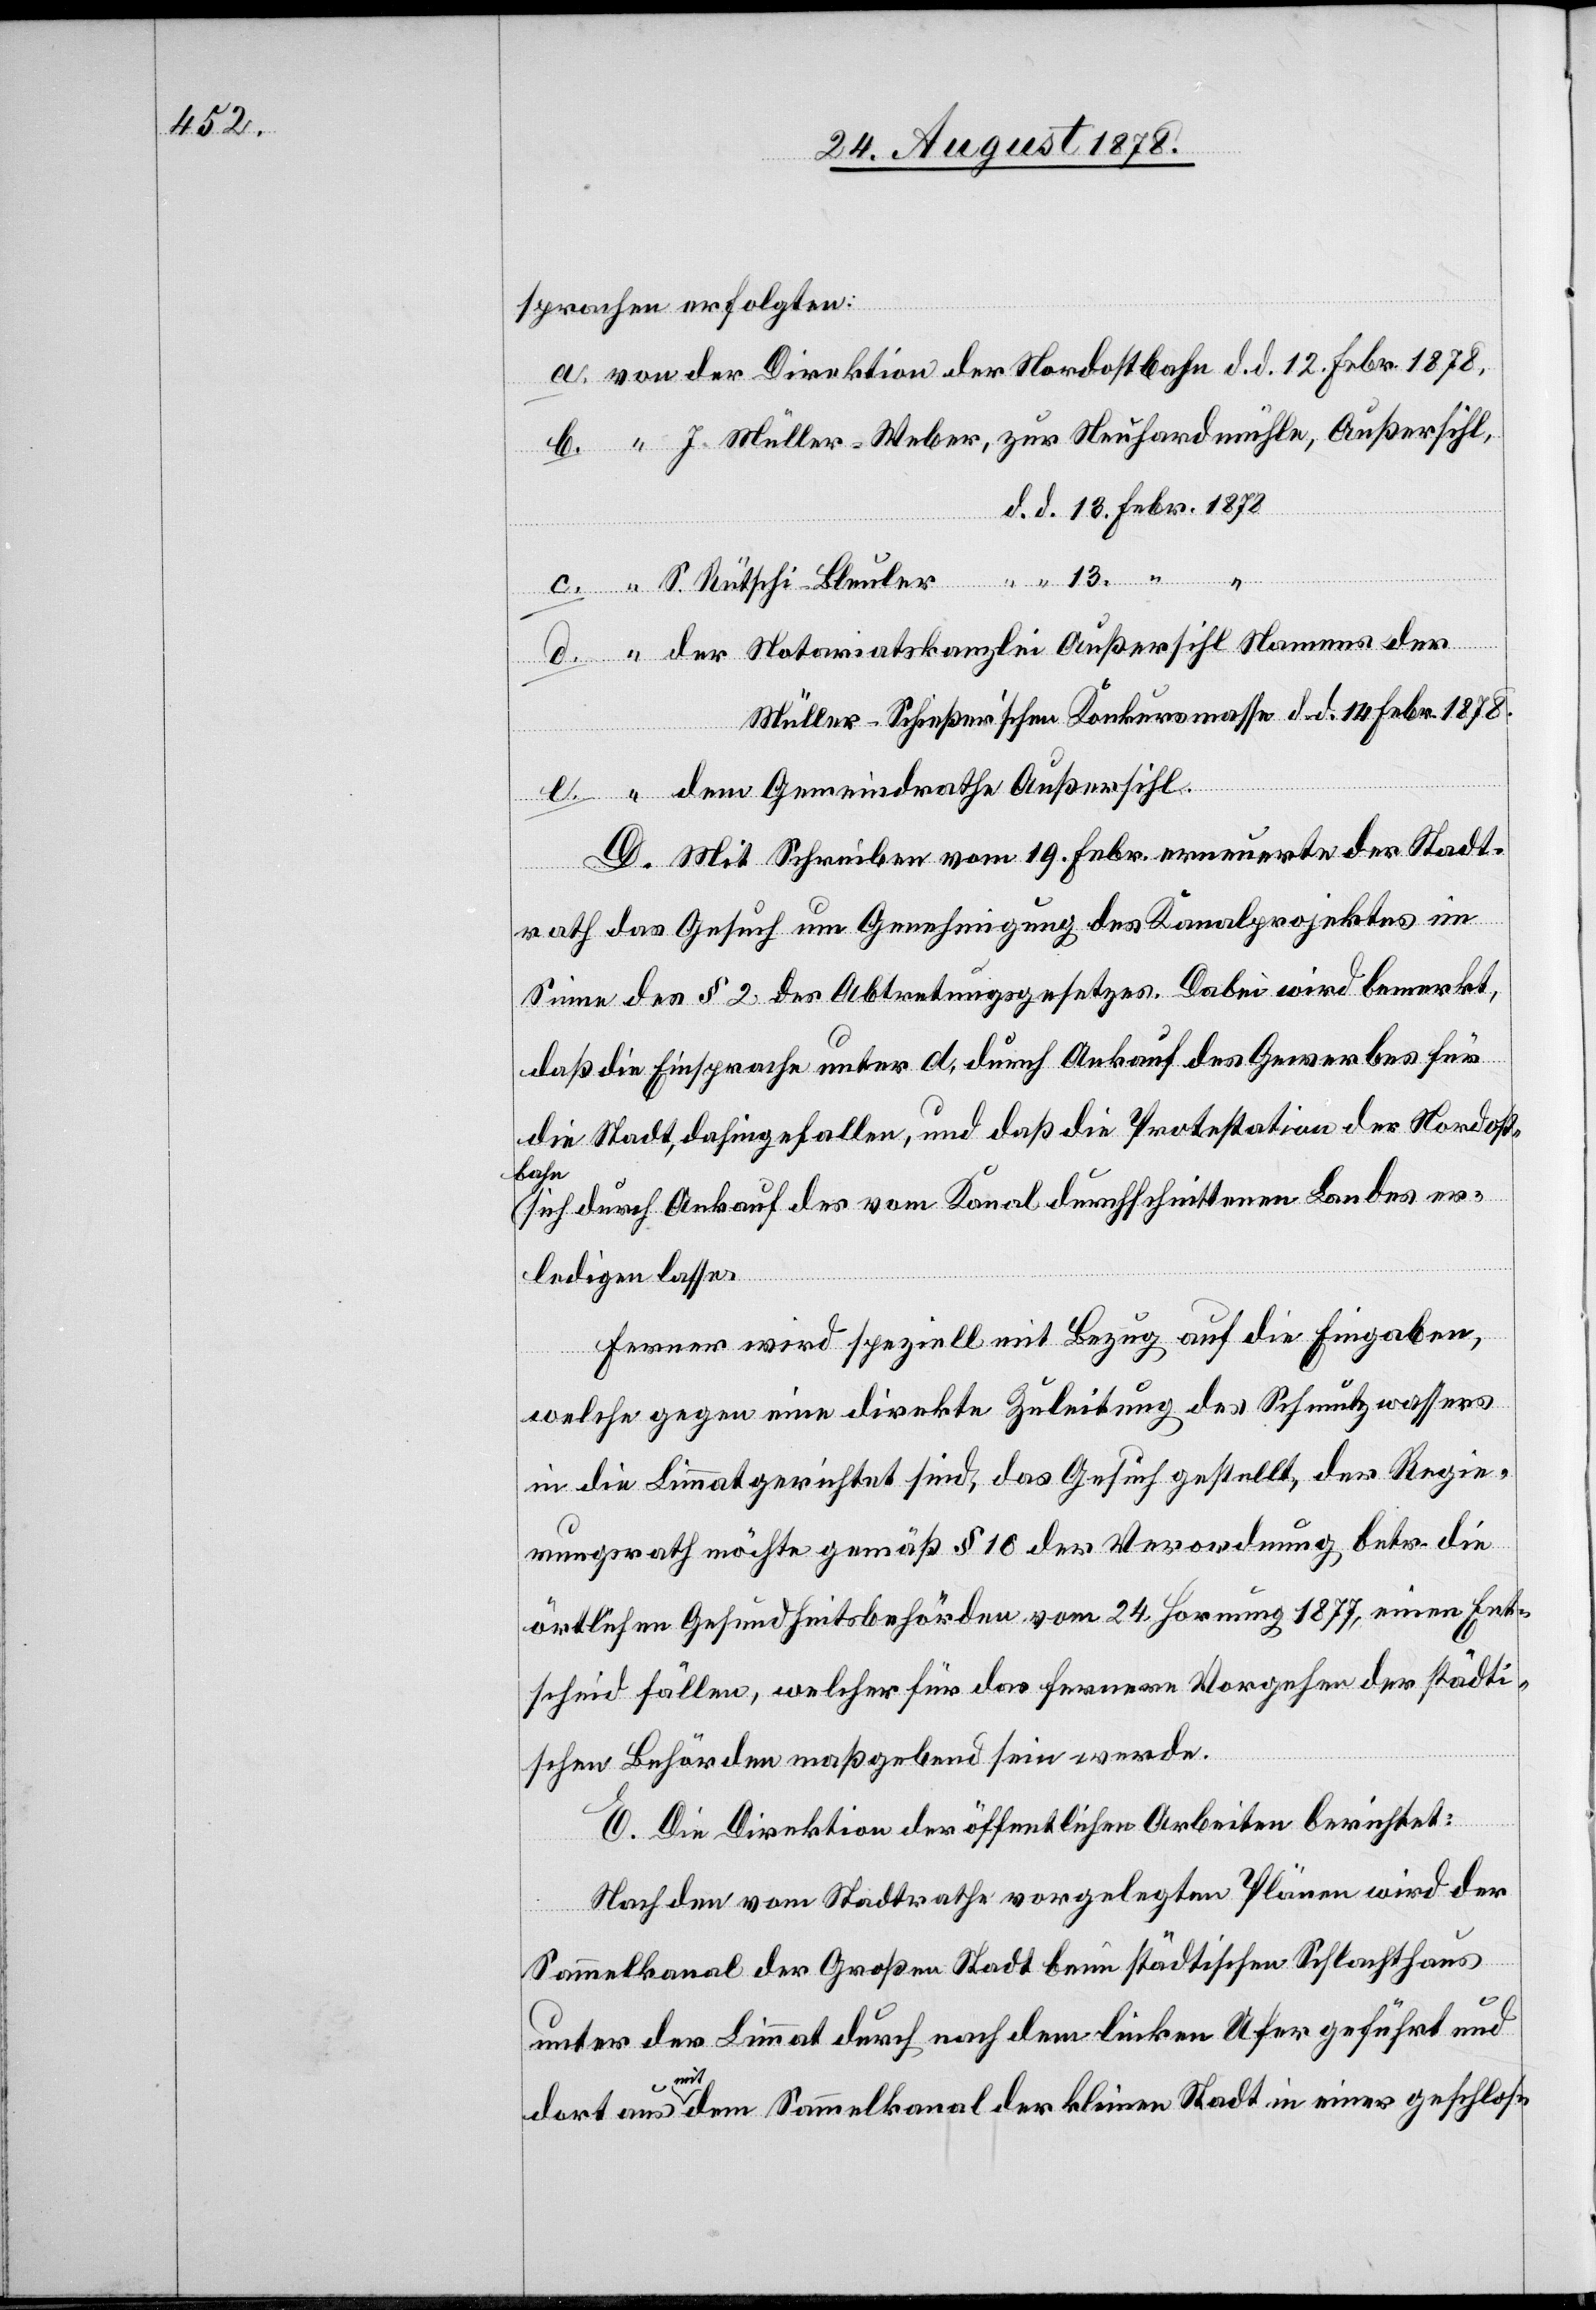
sprachen erfolgten:
a. von der Direktion der Nordostbahn d. d. 12. Febr. 1878,
b. “ J. Müller-Weber, zur Neuhardmühle, Außersihl,
d. d. 13. Febr. 1872
c. “ S. Rütschi-Bleuler
“ “
d. “ der Notariatskanzlei Außersihl Namens der
Müller-Schießer’schen Konkursmasse d. d. 14. Febr. 1878.
[vo¬
n] dem Gemeindrathe Außersihl.
D. Mit Schreiben vom 19. Febr. erneuerte der Stadt¬
e.
rath das Gesuch um Genehmigung des Kanalprojektes im
Sinne des § 2 des Abtretungsgesetzes. Dabei wird bemerkt,
daß die Einsprache unter d. durch Ankauf des Gewerbes für
die Stadt , dahingefallen, und daß die Protestation der Nordost¬
bahn
sich durch Ankauf des vom Kanal durchschnittenen Landes er¬
ledigen lasse.
Ferner wird speziell mit Bezug auf die Eingaben,
welche gegen eine direkte Zuleitung des Schmutzwassers
in die Limmat gerichtet sind, das Gesuch gestellt, der Regie¬
rungsrath möchte gemäß § 10 der Verordnung betr. die
örtlichen Gesundheitsbehörden vom 24. Hornung 1877, einen Ent¬
scheid fällen, welcher für das fernere Vorgehen der städti¬
schen Behörden maßgebend sein werde.
E. Die Direktion der öffentlichen Arbeiten berichtet:
Nach den vom Stadtrathe vorgelegten Plänen wird der
Sammelkanal der Großen Stadt beim städtischen Schlachthaus
unter der Limmat durch nach dem linken Ufer geführt und
dort aus mit dem Sammelkanal der kleinen Stadt in einer geschlos-